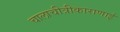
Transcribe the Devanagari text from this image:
चालाचीत्रीकाराणाई